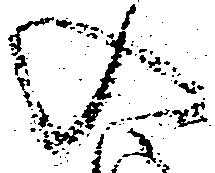
入